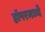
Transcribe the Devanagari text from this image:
हॉपरमध्ये